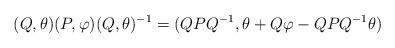
LaTeX: \begin{align*}(Q,\theta)(P,\varphi)(Q,\theta)^{-1}=(QPQ^{-1},\theta+Q\varphi-QPQ^{-1}\theta)\end{align*}